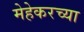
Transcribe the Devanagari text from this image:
मेहेकरच्या